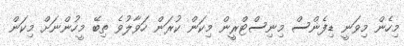
މިހެން މިވަނީ ޑިފެންސް މިނިސްޓްރީން މިކަން ކުރަން ހަވާލުވެ ތިބޭ މީހުންނަށް މިކަން